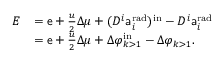
\begin{array} { r l } { E } & { = { \mathsf { e } } + \frac { u } { 2 } \Delta \mu + ( D ^ { i } { \mathsf { a } } _ { i } ^ { \mathrm { r a d } } ) ^ { \mathrm { i n } } - D ^ { i } { \mathsf { a } } _ { i } ^ { \mathrm { r a d } } } \\ & { = { \mathsf { e } } + \frac { u } { 2 } \Delta \mu + \Delta \varphi _ { k > 1 } ^ { \mathrm { i n } } - \Delta \varphi _ { k > 1 } . } \end{array}